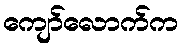
ကျော်လောက်က